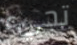
تجيء